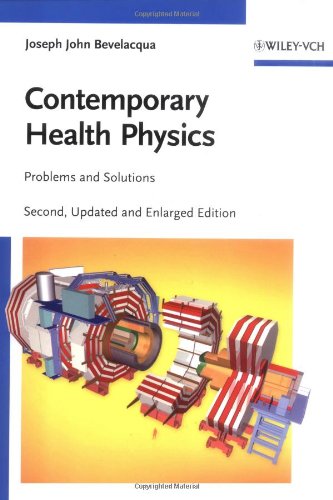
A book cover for Contemporary Health Physics: Problems and Solutions; Joseph John Bevelacqua; Science & Math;